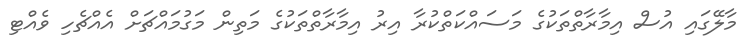
މާލޭގައި އުސް އިމާރާތްތަކުގެ މަސައްކަތްކުރާ އިރު އިމާރާތްތަކުގެ މަތިން މަގުމައްޗަށް އެއްޗެހި ވެއްޓި